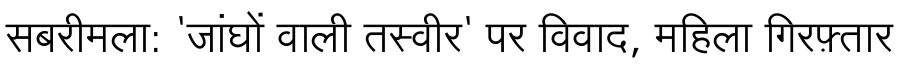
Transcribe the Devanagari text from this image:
सबरीमला: 'जांघों वाली तस्वीर' पर विवाद, महिला गिरफ़्तार